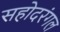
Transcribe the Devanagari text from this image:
सहोदरंगल